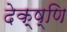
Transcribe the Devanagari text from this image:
देक्ष्णि